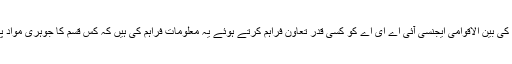
ٹوبی ڈالٹن نے اعتراف کیا کہ پاکستان نے جوہری توانائی کی بین الاقوامی ایجنسی آئی اے ای اے کو کسی قدر تعاون فراہم کرتے ہوئے یہ معلومات فراہم کی ہیں کہ کس قسم کا جوہری مواد پاکستان سے ایران ، لیبیا اور شمالی کوریا کو فراہم کیا گیا۔